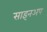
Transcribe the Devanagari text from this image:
साइनअप